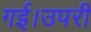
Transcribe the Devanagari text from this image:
गई।उपरी